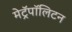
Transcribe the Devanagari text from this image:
मेट्रॅपॉलिटन